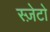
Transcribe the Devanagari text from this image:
स्ज़ेटो